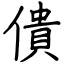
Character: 僓